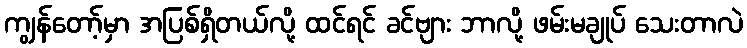
ကျွန်တော့်မှာ အပြစ်ရှိတယ်လို့ ထင်ရင် ခင်ဗျား ဘာလို့ ဖမ်းမချုပ် သေးတာလဲ